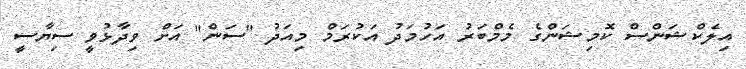
އިލެކްޝަންސް ކޮމިޝަންގެ މެމްބަރު އަހުމަދު އަކުރަމް މިއަދު "ސަން" އަށް ވިދާޅުވީ ސިޔާސީ